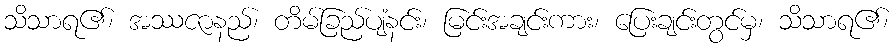
သိသာရ၏၊ အဿဇာနည်၊ တိမ်ခြည်ပျံနင်း၊ မြင်းအချင်းကား၊ ပြေးချင်းတွင်မှ၊ သိသာရ၏၊